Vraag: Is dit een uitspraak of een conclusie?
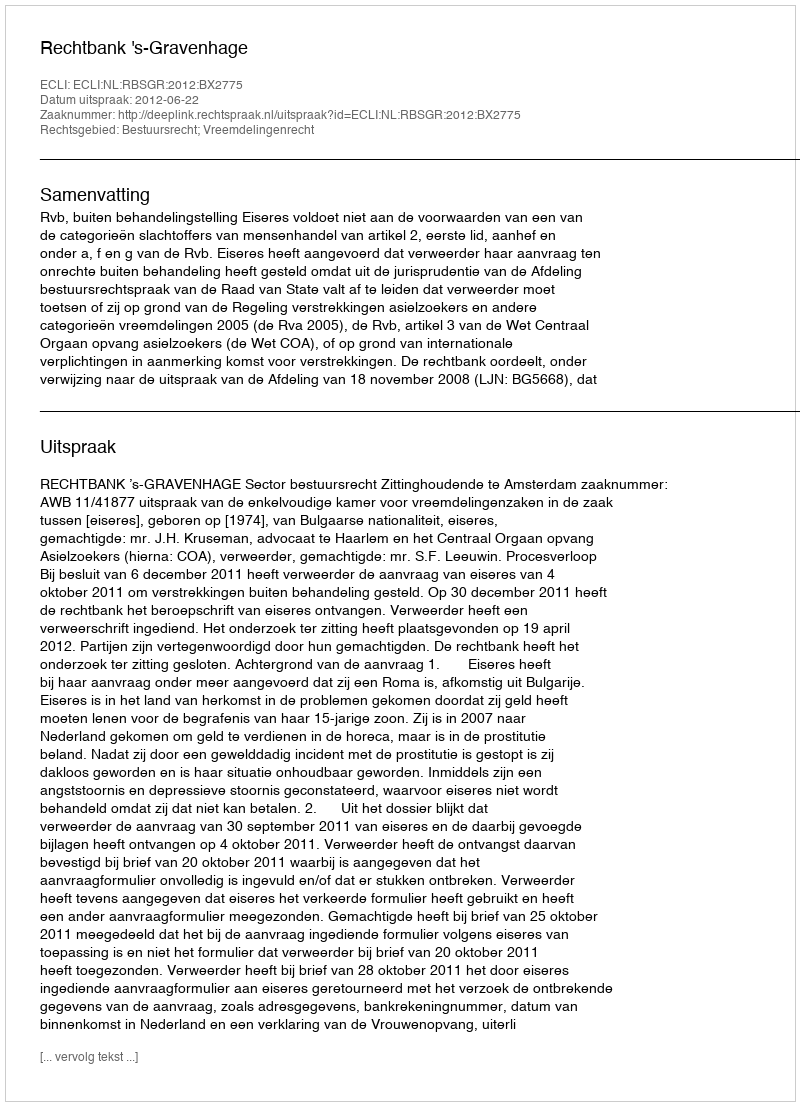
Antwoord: Uitspraak